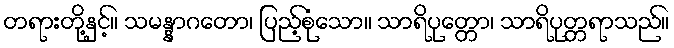
တရားတို့နှင့်။ သမန္နာဂတော၊ ပြည့်စုံသော။ သာရိပုတ္တော၊ သာရိပုတ္တရာသည်။